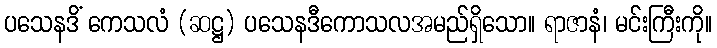
ပသေနဒိံ ကေသလံ (ဆဋ္ဌ) ပသေနဒီကောသလအမည်ရှိသော။ ရာဇာနံ၊ မင်းကြီးကို။